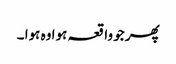
پھر جو واقعہ ہوا وہ ہوا ۔